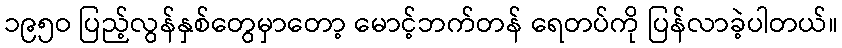
၁၉၅ဝ ပြည့်လွန်နှစ်တွေမှာတော့ မောင့်ဘက်တန် ရေတပ်ကို ပြန်လာခဲ့ပါတယ်။